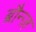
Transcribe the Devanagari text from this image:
ब्रौन्ज़